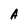
Character: A